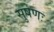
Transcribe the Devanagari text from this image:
सुषेणः